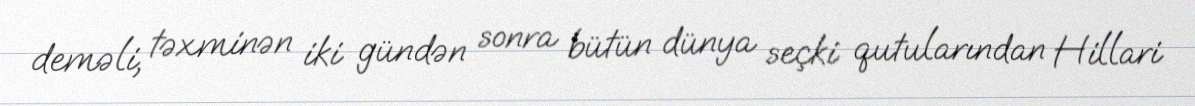
deməli, təxminən iki gündən sonra bütün dünya seçki qutularından Hillari